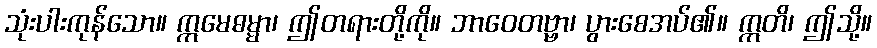
သုံးပါးကုန်သော။ ဣမေဓမ္မာ၊ ဤတရားတို့ကို။ ဘာဝေတဗ္ဗာ၊ ပွားစေအပ်၏။ ဣတိ၊ ဤသို့။